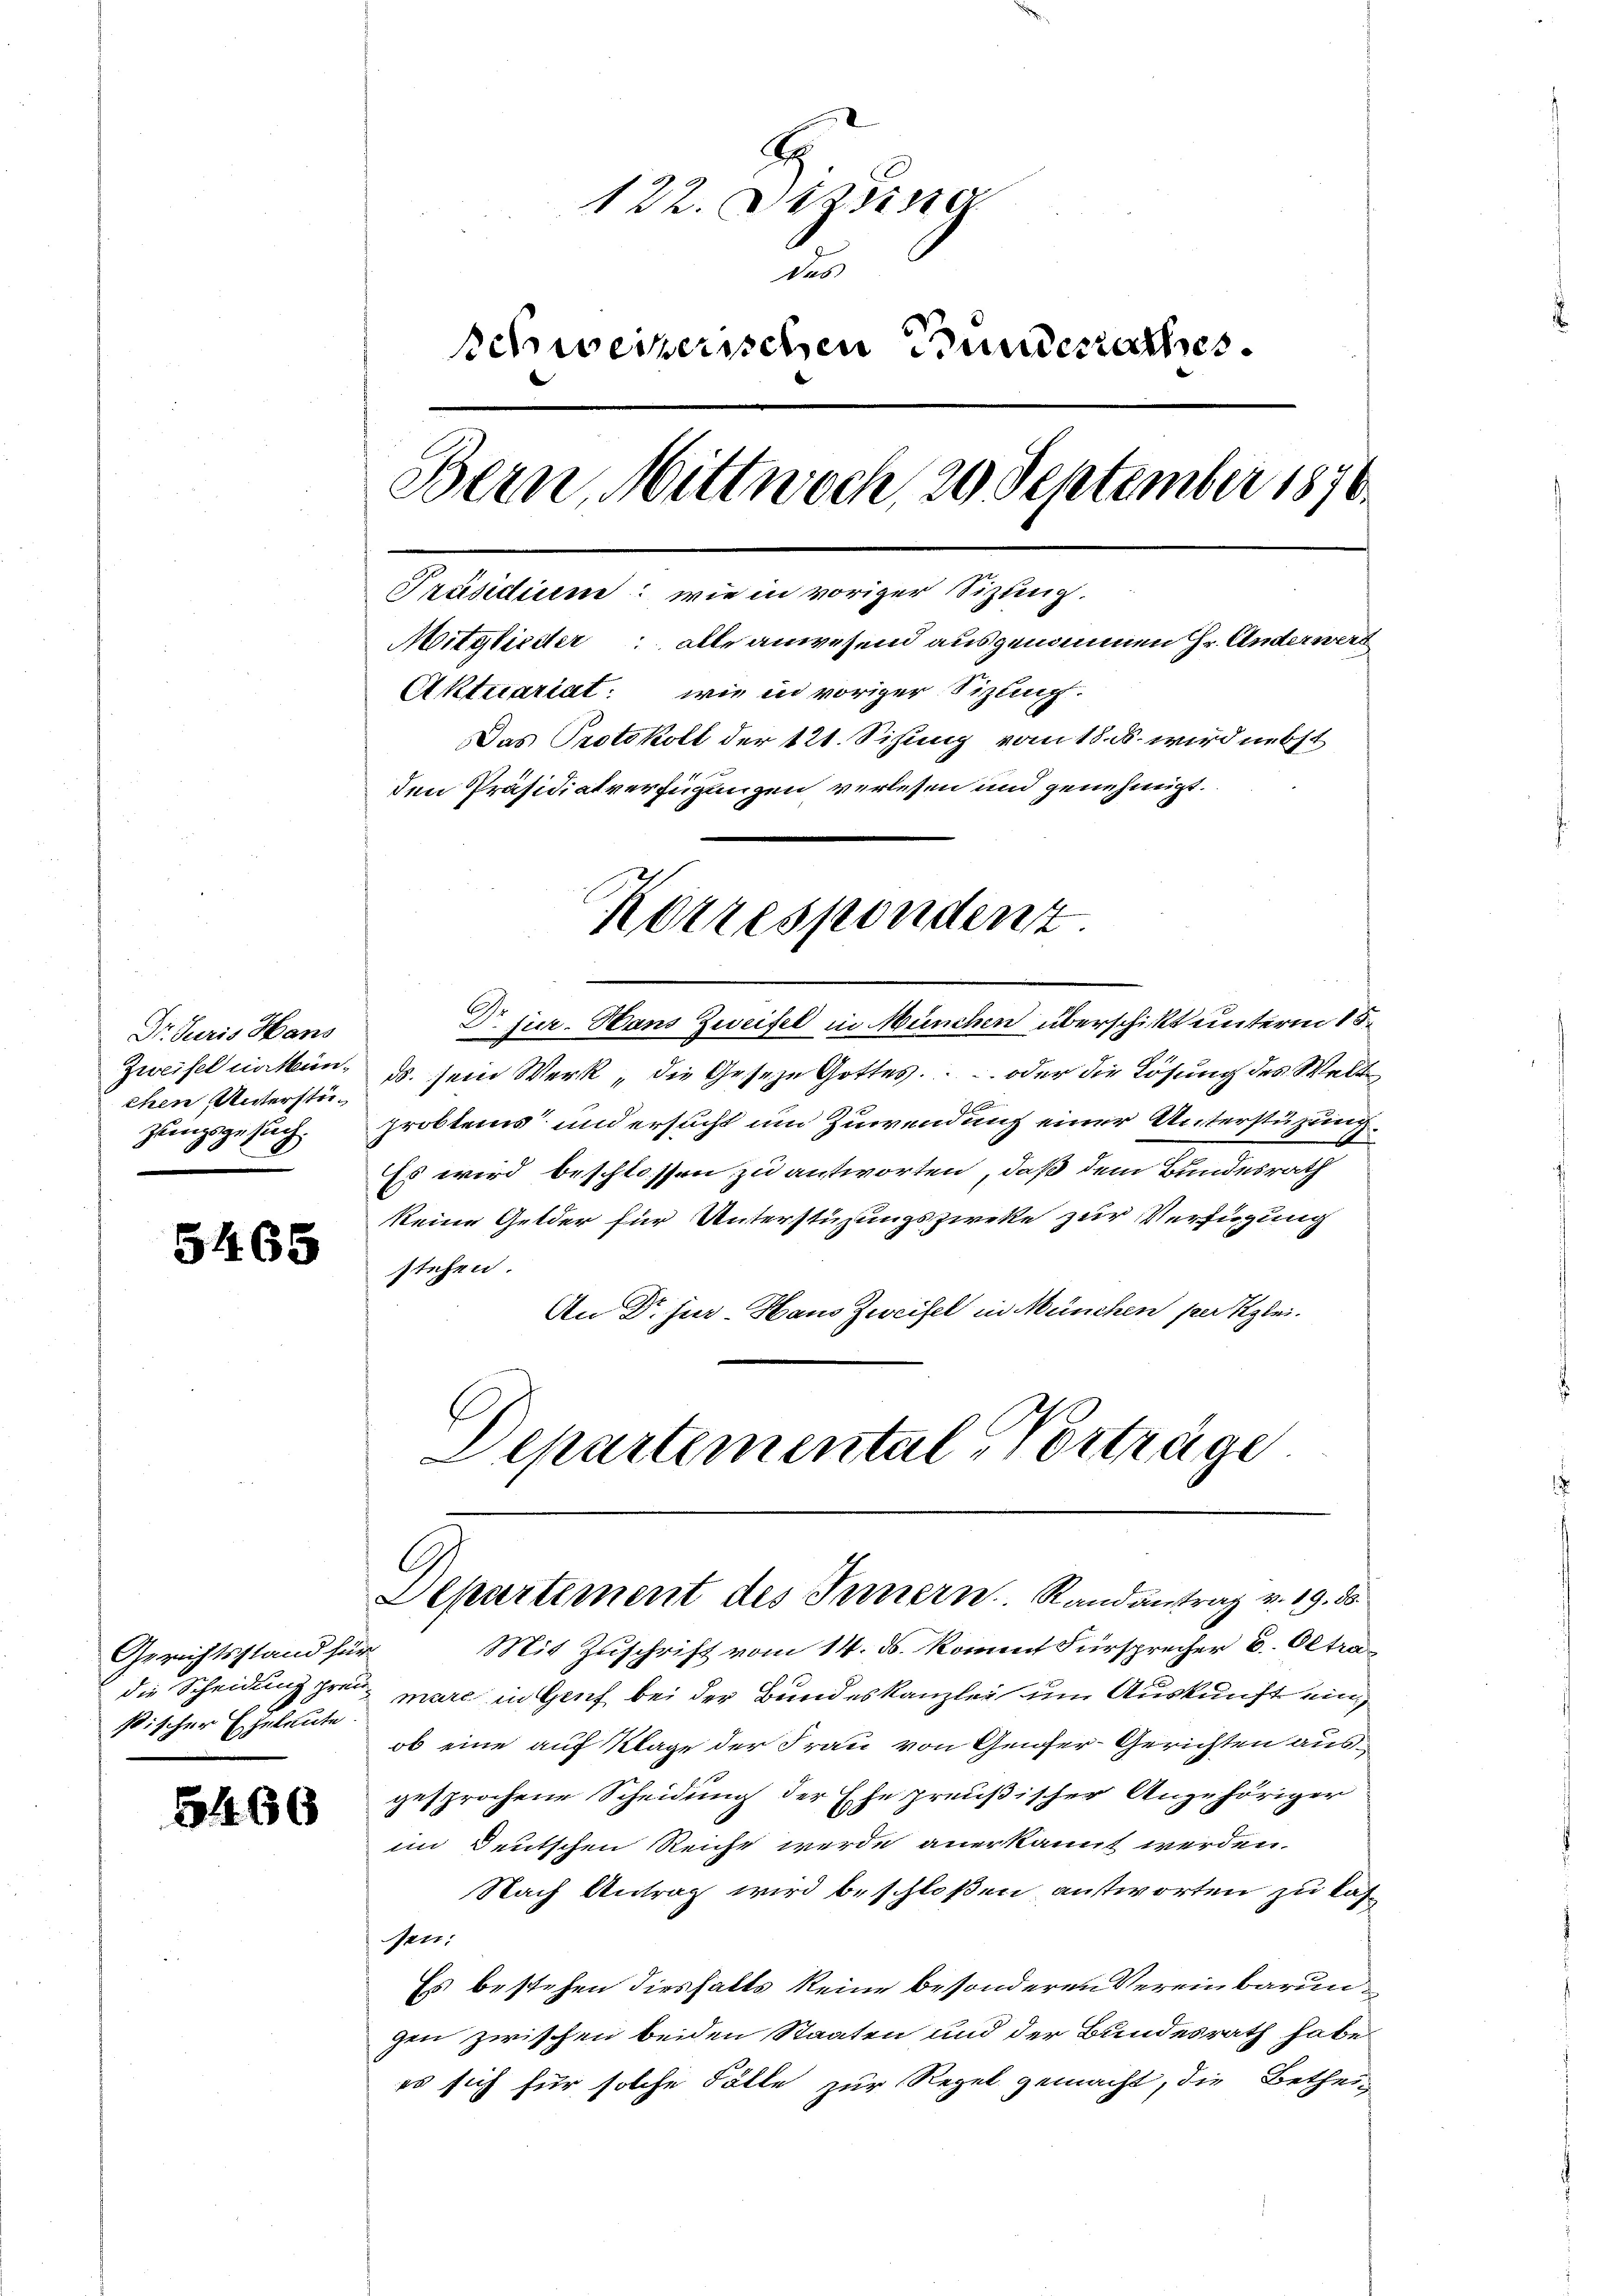
Dr. Juris Hans
chen Unterstü¬

122. Diezing
das
schweizerischen Bundesrathes.
Bern, Wittwoch, 20 September 1870.
Präsidium: wie in voriger Sizung.
Mitglieder: alle anwesend ausgenommen Hr. Anderwert
Aktuariat: wie in voriger Sizling.
Das Protokoll der 121. Sizung vom 18. ds. wird nebst

den Präsidiatverfügungen verlesen und genehmigt.
Korrespondenz

5465

Gerichtsstand für
ßischer Eheleute

5400

Dr jur. Hans Zweifel in München überschikt unterm 15.
Zweifel nacken. ds. sein Werk die Geseze Gottes oder die Lösung des Welt
zungsgesuch. Problems und ersucht um Zuwendung einer Unterstüzung
Es wird beschlossen zu antworten, daß dem Bundesrath
keine Gelder für Unterstüzungszwecke zur Verfügung
stehen.
An Dr. jur. Haus Zweifel in München per Klei¬
Departemental Vorträge

Departement des Ternern. Randantrag v. 19. 35.

Mit Zuschrift vom 14. ds. kommt Fürsprecher B. Oktradie Scheidung zu mare in Genf bei der Bundeskanzlei um Auskunft ein
ob eine auf Klage der Frau von Genfer-Gerichten ausgesprochene Scheidung der Ehe preußischer Anzuhöriger
im Deutschen Reiche werde anerkannt werden.
Nach Antrag wird beschloßen antworten zu las¬
Per:
Es bestehen diesfalls keine besonderen Vereinbarungen zwischen beiden Staaten und der Bundesrath habe
es sich für solche Fälle zur Regel gemacht, die Bethei-